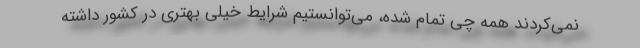
نمی‌کردند همه چی تمام شده، می‌توانستیم شرایط خیلی بهتری در کشور داشته